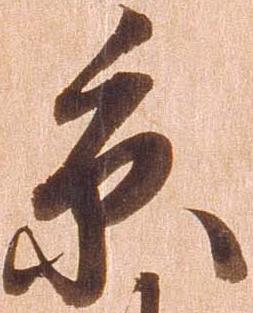
糸